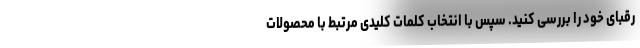
رقبای خود را بررسی کنید. سپس با انتخاب کلمات کلیدی مرتبط با محصولات